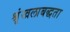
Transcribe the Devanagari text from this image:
श्रृंखलाबद्धता